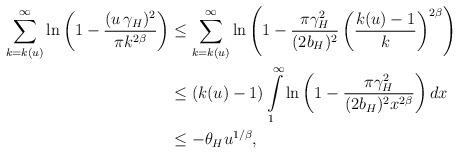
LaTeX: \begin{align*} \sum\limits_{k=k(u)}^{\infty}\ln\left(1-\frac{(u\,\gamma_H)^2}{\pi k^{2\beta}}\right)&\leq \sum\limits_{k=k(u)}^{\infty}\ln\left(1-\frac{\pi\gamma_H^2}{(2b_H)^2 }\left(\frac{k(u)-1}{k}\right)^{2\beta}\right)\\ &\leq (k(u)-1)\int\limits_1^{\infty}\ln\left(1-\frac{\pi\gamma_H^2}{(2b_H)^2 x^{2\beta}}\right)dx\\ &\leq -\theta_H u^{1/\beta},\end{align*}